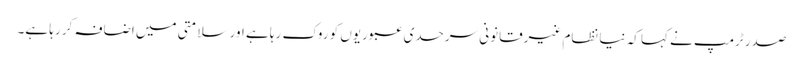
صدر ٹرمپ نے کہا کہ نیا نظام غیرقانونی سرحدی عبوریوں کو روک رہا ہے اور سلامتی میں اضافہ کر رہا ہے۔